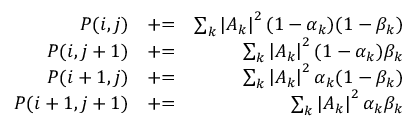
\begin{array} { r l r } { P ( i , j ) } & { \mathrel { + } = } & { \sum _ { k } \left| A _ { k } \right| ^ { 2 } ( 1 - \alpha _ { k } ) ( 1 - \beta _ { k } ) } \\ { P ( i , j + 1 ) } & { \mathrel { + } = } & { \sum _ { k } \left| A _ { k } \right| ^ { 2 } ( 1 - \alpha _ { k } ) \beta _ { k } } \\ { P ( i + 1 , j ) } & { \mathrel { + } = } & { \sum _ { k } \left| A _ { k } \right| ^ { 2 } \alpha _ { k } ( 1 - \beta _ { k } ) } \\ { P ( i + 1 , j + 1 ) } & { \mathrel { + } = } & { \sum _ { k } \left| A _ { k } \right| ^ { 2 } \alpha _ { k } \beta _ { k } } \end{array}